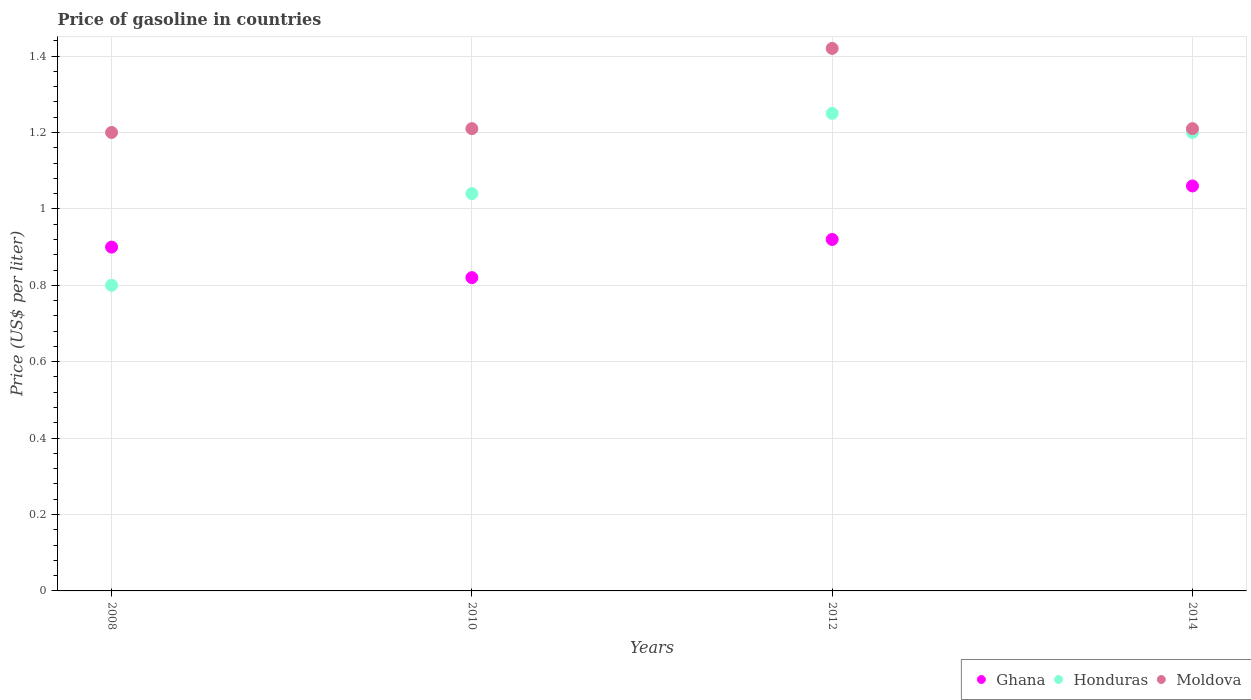
| Years | Ghana | Honduras | Moldova |
 | --- | --- | --- | --- |
 | 2008 | 0.9 | 0.8 | 1.2 |
 | 2010 | 0.82 | 1.04 | 1.21 |
 | 2012 | 0.92 | 1.25 | 1.42 |
 | 2014 | 1.06 | 1.2 | 1.21 |